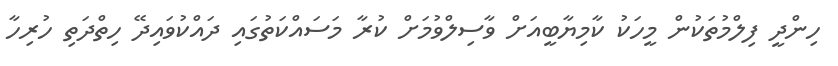
ހިންދީ ފިލްމުތަކުން މީހަކު ކާމިޔާބީއަށް ވާސިލްވުމަށް ކުރާ މަސައްކަތުގައި ދައްކުވައިދޭ ހިތްދަތި ހުރިހާ